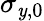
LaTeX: \sigma_{\mathit{y},0}